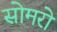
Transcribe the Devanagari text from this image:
सोमरो